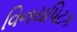
વિનયપિટક